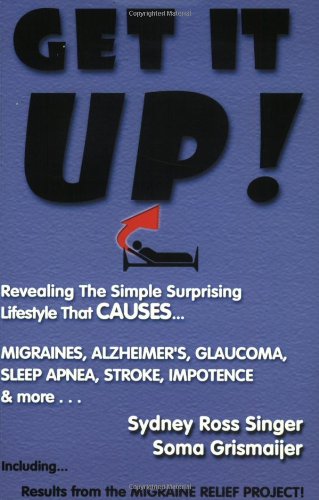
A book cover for Get It Up! Revealing the Simple Surprising Lifestyle that  Causes Migraines, Alzheimer's, Stroke, Glaucoma, Sleep Apnea, Impotence,...and More!; Sydney Ross Singer; Health, Fitness & Dieting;